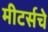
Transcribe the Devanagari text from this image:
मीटर्सचे